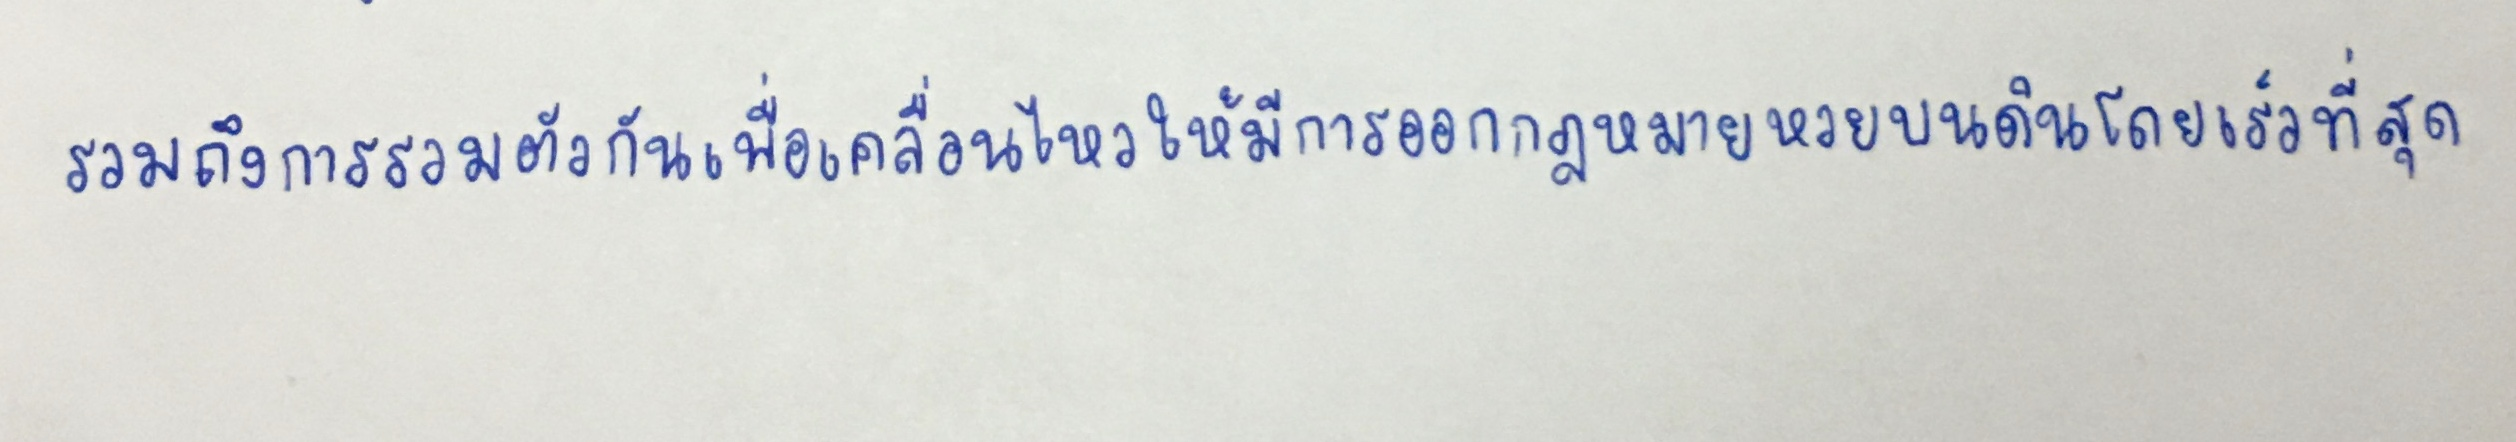
รวมถึงการรวมตัวกันเพื่อเคลื่อนไหวให้มีการออกกฎหมายหวยบนดินโดยเร็วที่สุด